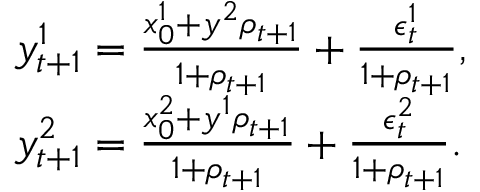
\begin{array} { r l } & { y _ { t + 1 } ^ { 1 } = \frac { x _ { 0 } ^ { 1 } + y ^ { 2 } \rho _ { t + 1 } } { 1 + \rho _ { t + 1 } } + \frac { \epsilon _ { t } ^ { 1 } } { 1 + \rho _ { t + 1 } } , } \\ & { y _ { t + 1 } ^ { 2 } = \frac { x _ { 0 } ^ { 2 } + y ^ { 1 } \rho _ { t + 1 } } { 1 + \rho _ { t + 1 } } + \frac { \epsilon _ { t } ^ { 2 } } { 1 + \rho _ { t + 1 } } . } \end{array}